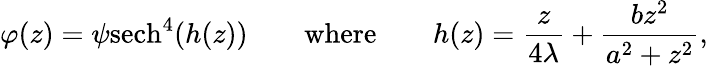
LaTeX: \varphi(z)={\psi}\mathrm{sech}^{4}(h(z))\qquad\mathrm{where}\qquad h(z)={\frac{z}{4\lambda}}+{\frac{bz^{2}}{a^{2}+z^{2}}},